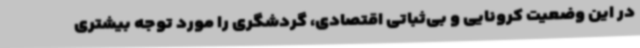
در این وضعیت کرونایی و بی‌ثباتی اقتصادی، گردشگری را مورد توجه بیشتری